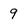
Character: 9